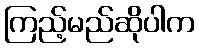
ကြည့်မည်ဆိုပါက